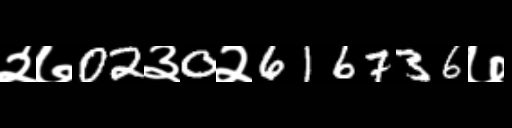
Text: २७02३0२616736७